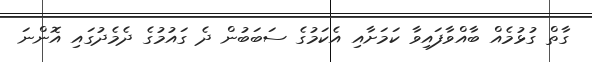
ގާތް ގުޅުމެއް ބާއްވާފައިވާ ކަމަށާއި އެކަމުގެ ސަބަބުން ދެ ގައުމުގެ ދެމެދުގައި އޮންނަ